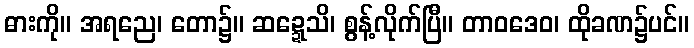
ဓားကို။ အရညေ၊ တော၌။ ဆဍ္ဍေသိ၊ စွန့်လိုက်ပြီ။ တာဝဒေဝ၊ ထိုခဏ၌ပင်။